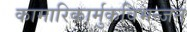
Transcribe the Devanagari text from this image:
कामारिकार्मुकविभन्जन